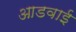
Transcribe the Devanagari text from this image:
आडवाई